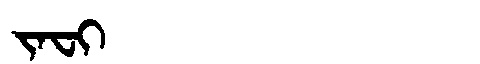
Manchu: ᠵᠠᠸᡳ
Romanization: JAFI